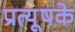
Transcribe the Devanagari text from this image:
प्रत्यूषके